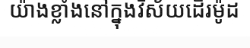
យ៉ាងខ្លាំងនៅក្នុងវិស័យដើរម៉ូដ